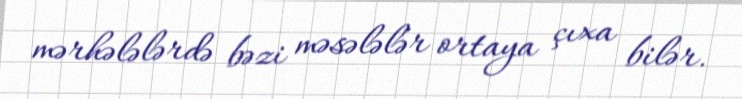
mərhələlərdə bəzi məsələlər ortaya çıxa bilər.